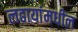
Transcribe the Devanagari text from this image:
लढायांमधील